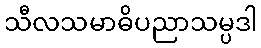
သီလသမာဓိပညာသမ္ပဒါ